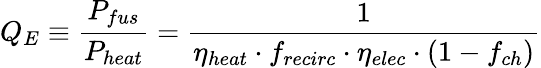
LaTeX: Q_{E}\equiv{\frac{P_{fus}}{P_{heat}}}={\frac{1}{\eta_{heat}\cdot f_{recirc}\cdot\eta_{elec}\cdot(1-f_{ch})}}